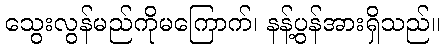
သွေးလွန်မည်ကိုမကြောက်၊ နန့်ပွန်အားရှိသည်။